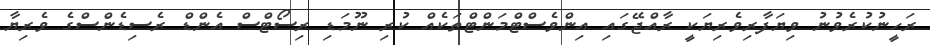
ރަހީނުކުރެވުނު ވިޔަފާރިވެރިޔަކީ ރާއްޖޭގައި އިންވެސްޓްމަންޓްތަކެއް ކުރި ނޫމަޑި ރިސޯޓްސް އެންޑް ރެސިޑެންސްގެ ވެރިޔާ